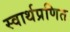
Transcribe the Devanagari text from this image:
स्वार्थप्रणित